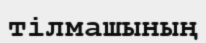
тілмашының